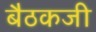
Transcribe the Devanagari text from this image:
बैठकजी